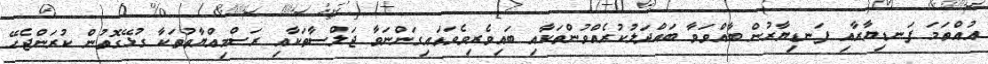
އުއްތަމަ ފަނޑިޔާރާއި ފަނޑިޔާރުން ބާއްވަވާ ބައްދަލުކުރެއްވުންތަކާއި ބައިވެރިވެވަޑައިގަންނަވާ ޖަލްސާތަކާއި ރަސްމިއްޔާތުތަކާ ގުޅޭގޮތުން ކުރަންޖެހޭ